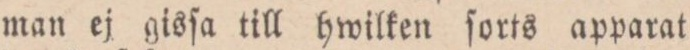
man ej gisſa till hwilken ſorts apparat